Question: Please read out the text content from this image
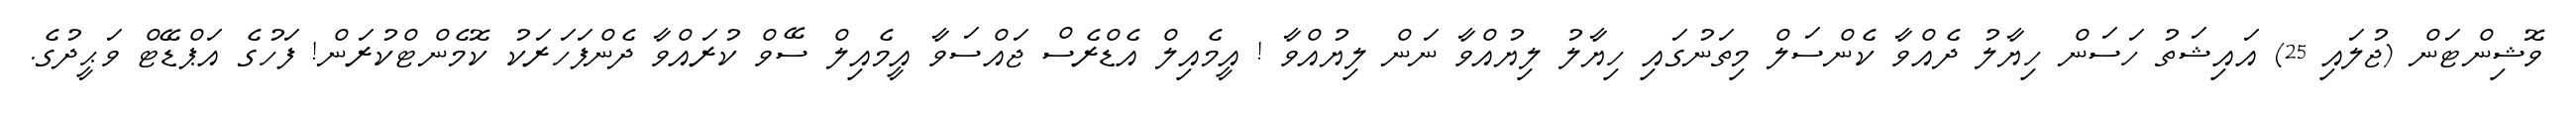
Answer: ވޮޝިންޓަން (ޖުލައި 25) އައިޝަތު ހަސަން ހިޔާލު ދެއްވާ ކެންސަލް މިތަނުގައި ހިޔާލު ލިޔުއްވާ ނަން ލިޔުއްވާ ! އީމެއިލް އެޑްރެސް ޖައްސަވާ އީމެއިލް ސޭވް ކުރައްވާ ދެންފަހަރަކު ކޮމެންޓްކުރަން! ފަހުގެ އަޕްޑޭޓް ވަޙީދުގެ.